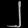
Digit: ၂